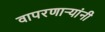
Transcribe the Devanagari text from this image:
वापरणार्‍यांनी